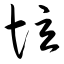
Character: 垃